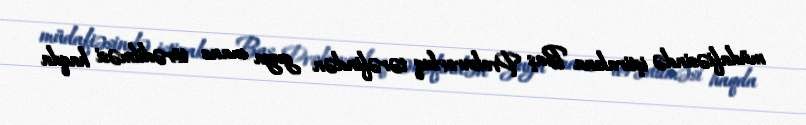
müdafiəsində iştirakına Baş Prokurorluq tərəfindən guya mane törədilməsi haqda